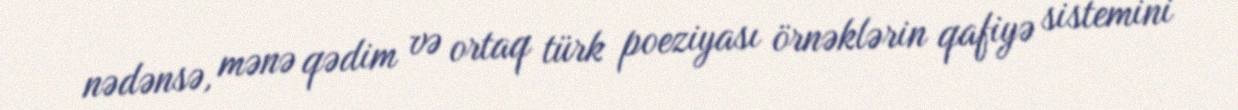
nədənsə, mənə qədim və ortaq türk poeziyası örnəklərin qafiyə sistemini